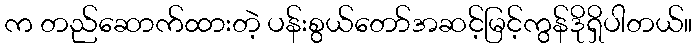
က တည်ဆောက်ထားတဲ့ ပန်းစွယ်တော်အဆင့်မြင့်ကွန်ဒိုရှိပါတယ်။